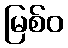
မြစ်ဝ